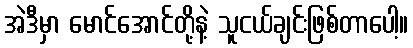
အဲဒီမှာ မောင်အောင်တို့နဲ့ သူငယ်ချင်းဖြစ်တာပေါ့။